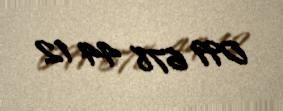
099 678 44 12